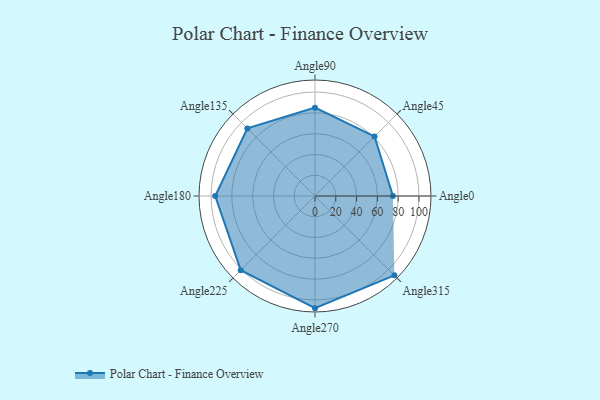
{"axis": {"x": "Angle", "y": "Radius"}, "legend": [""], "data": [{"x": "Angle0", "y": 75.0, "type": ""}, {"x": "Angle45", "y": 81.0, "type": ""}, {"x": "Angle90", "y": 85.0, "type": ""}, {"x": "Angle135", "y": 92.0, "type": ""}, {"x": "Angle180", "y": 96.0, "type": ""}, {"x": "Angle225", "y": 101.0, "type": ""}, {"x": "Angle270", "y": 108.0, "type": ""}, {"x": "Angle315", "y": 108.0, "type": ""}]}